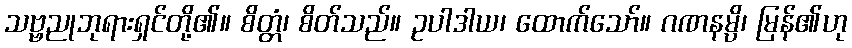
သဗ္ဗညုဘုရားရှင်တို့၏။ စိတ္တံ၊ စိတ်သည်။ ဥပါဒါယ၊ ထောက်သော်။ ဂဏနမ္ပိ၊ မြန်၏ဟု